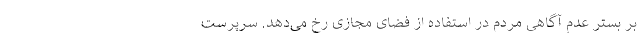
بر بستر عدم آگاهی مردم در استفاده از فضای مجازی رخ می‌دهد. سرپرست